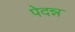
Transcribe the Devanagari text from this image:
पेदन्न